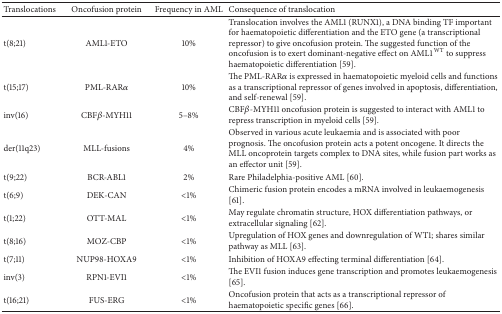
<table><thead><tr><td><b>Translocations</b></td><td><b>Oncofusion protein</b></td><td><b>Frequency in AML</b></td><td><b>Consequence of translocation</b></td></tr></thead><tbody><tr><td>t(8;21)</td><td>AML1-ETO</td><td>10%</td><td>Translocation involves the AML1 (RUNX1), a DNA binding TF important for haematopoietic differentiation and the ETO gene (a transcriptional repressor) to give oncofusion protein. The suggested function of the oncofusion is to exert dominant-negative effect on AML1<sup>WT</sup> to suppress haematopoietic differentiation [59].</td></tr><tr><td>t(15;17)</td><td>PML-RAR<i>α</i></td><td>10%</td><td>The PML-RAR<i>α</i> is expressed in haematopoietic myeloid cells and functions as a transcriptional repressor of genes involved in apoptosis, differentiation, and self-renewal [59].</td></tr><tr><td>inv(16)</td><td>CBF<i>β</i>-MYH11</td><td>5–8%</td><td>CBF<i>β</i>-MYH11 oncofusion protein is suggested to interact with AML1 to repress transcription in myeloid cells [59].</td></tr><tr><td>der(11q23)</td><td>MLL-fusions</td><td>4%</td><td>Observed in various acute leukaemia and is associated with poor prognosis. The oncofusion protein acts a potent oncogene. It directs the MLL oncoprotein targets complex to DNA sites, while fusion part works as an effector unit [59].</td></tr><tr><td>t(9;22)</td><td>BCR-ABL1</td><td>2%</td><td>Rare Philadelphia-positive AML [60].</td></tr><tr><td>t(6;9)</td><td>DEK-CAN</td><td>&lt;1%</td><td>Chimeric fusion protein encodes a mRNA involved in leukaemogenesis [61].</td></tr><tr><td>t(1;22)</td><td>OTT-MAL</td><td>&lt;1%</td><td>May regulate chromatin structure, HOX differentiation pathways, or extracellular signaling [62].</td></tr><tr><td>t(8;16)</td><td>MOZ-CBP</td><td>&lt;1%</td><td>Upregulation of HOX genes and downregulation of WT1; shares similar pathway as MLL [63].</td></tr><tr><td>t(7;11)</td><td>NUP98-HOXA9</td><td>&lt;1%</td><td>Inhibition of HOXA9 effecting terminal differentiation [64].</td></tr><tr><td>inv(3)</td><td>RPN1-EVI1</td><td>&lt;1%</td><td>The EVI1 fusion induces gene transcription and promotes leukaemogenesis [65].</td></tr><tr><td>t(16;21)</td><td>FUS-ERG</td><td>&lt;1%</td><td>Oncofusion protein that acts as a transcriptional repressor of haematopoietic specific genes [66].</td></tr></tbody></table>